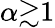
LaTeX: \alpha{\gtrsim}1